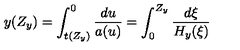
y ( Z _ { y } ) = \int _ { t ( Z _ { y } ) } ^ { 0 } \frac { d u } { a ( u ) } = \int _ { 0 } ^ { Z _ { y } } \frac { d \xi } { H _ { y } ( \xi ) }